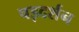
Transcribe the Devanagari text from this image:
षड़दर्शन